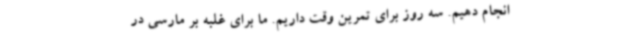
انجام دهیم. سه روز برای تمرین وقت داریم. ما برای غلبه بر مارسی در